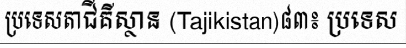
ប្រទេសតាជីគីស្ថាន (Tajikistan)៨៣៖ ប្រទេស